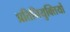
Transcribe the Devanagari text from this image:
प्रतिनियुक्तियों